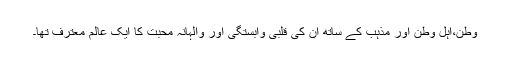
وطن،اہل وطن اور مذہب کے ساتھ ان کی قلبی وابستگی اور والہانہ محبت کا ایک عالم معترف تھا۔